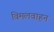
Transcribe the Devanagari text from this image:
विमलवाहन